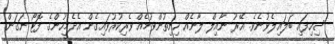
ސިހިފައި ބަލައިލެވުނެވެ. އޭރު ނާއިލް ލާނެއް ހިނިތުންވުމެެއް ވެރިކުރުވައިގެން އެދެމީހުންގެ ފޮޓޯ ނަގަން